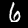
Digit: 6